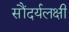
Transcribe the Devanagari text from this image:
सौंदर्यलक्षी